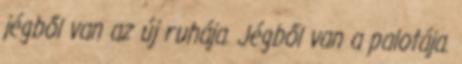
jégből van az új ruhája. Jégből van a palotája.